Annual report of the Imperial Bacteriologist
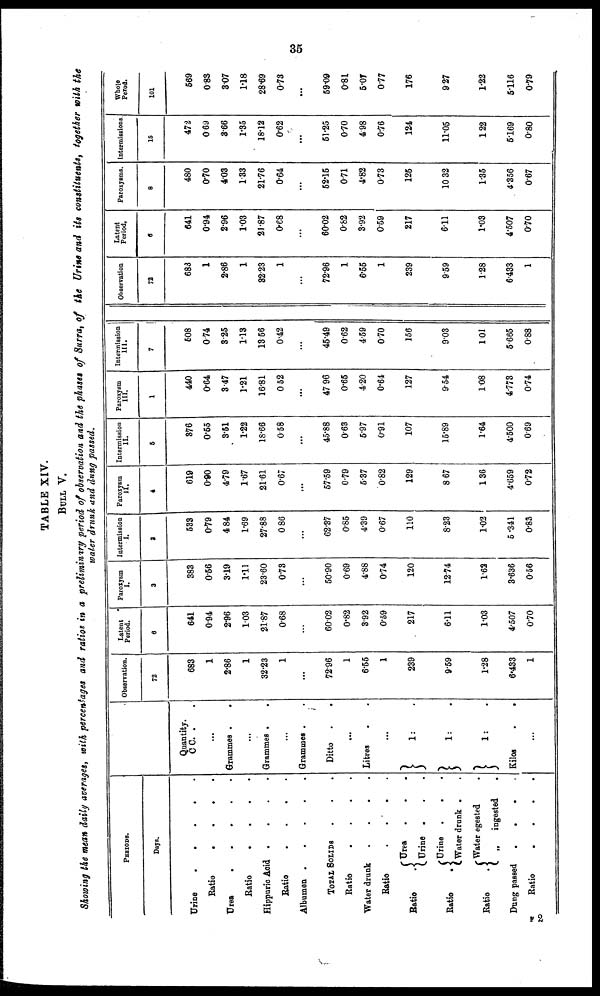
35
TABLE XIV.
BULL V.
Showing the mean daily averages, with percentages and ratios in a preliminary period of observation and the phases of Surra, of the Urine and its constituents, together with the
water drunk and dung passed.
PERIODS.
Days.
Urine
.
.
.
.
.
Ratio
.
.
.
.
Urea
.
.
.
.
.
Ratio
.
.
.
.
Hippuric Acid
.
.
.
.
Ratio
.
.
.
.
Albumen
.
.
.
.
.
TOTAL SOLIDS . . .
Ratio
.
.
.
.
Water drunk
.
.
.
.
Ratio . . . .
Urea . . .
Ratio .{
Urine . . .
Urine . .
.
Ratio .{
Water drunk . .
Water egested
Ratio
.{
„
ingested
.
Dung passed .
.
.
Ratio
.
.
.
.
Quantity.
C C. .
...
Grammes .
.
...
Grammes .
.
...
Grammes . .
Ditto . .
...
Litres . .
...
} 1:
1 :
} 1:
Kilos
...
Observation.
72
683
1
2.86
1
32.23
1
...
72.96
1
6.55
1
239
9.59
1.28
6.433
1
Latent
Period.
6
641
0.94
2.96
103
21.87
0.68
...
60.02
0.82
3.92
0.59
217
6.11
1.03
4.507
0.70
Paroxysm
I.
3
383
0.56
3.19
1.11
23.60
0.73
...
50.90
0.69
4.88
0.74
120
12.74
1.63
3.636
0.56
Intermission
I.
3
533
0.79
4 84
1.69
27.88
0.86
...
62.37
0.85
4.39
0.67
110
8.23
1.02
5.341
0.83
Paroxysm
II.
4
619
0.90
4.79
1.67
21.61
0.67
...
57.59
0.79
5.37
0.82
129
8.67
1.36
4.659
0.72
Intermission
II.
5
376
0.55
3.51
1.22
18.66
0.58
...
45.88
0.63
5.97
0.91
107
15.89
1.64
4.500
0.69
Paroxysm
III.
1
440
0.64
3.47
1.21
16.81
0.52
...
47.96
0.65
4.20
0.64
127
9.54
1.08
4.773
0.74
Intermission
III.
7
508
0.74
3.25
1.13
13.56
0.42
...
45.49
0.62
4.59
0.70
156
9.03
1.01
5.665
0.88
Observation
72
683
1
2.86
1
32.23
1
...
72.96
1
6.55
1
239
9.59
1.28
6.433
1
Latent
Period.
6
641
0.94
2.96
1.03
21.87
0.68
...
60.02
0.82
3.92
0.59
217
6.11
1.03
4.507
0.70
Paroxysms.
8
480
0.70
4.03
1.33
21.76
0.64
...
52.15
0.71
4.82
0.73
125
10.32
1.35
4.356
0.67
Intermissions
15
472
0.69
3.66
1.35
18.12
0.62
...
51.25
0.70
4.98
0.76
124
11.05
1.22
5.169
0.80
Whole
Perod.
101
569
0.83
3.07
1.18
28.69
0.73
...
59.09
0.81
5.07
0.77
176
9.27
1.22
5.116
0.79
F 2